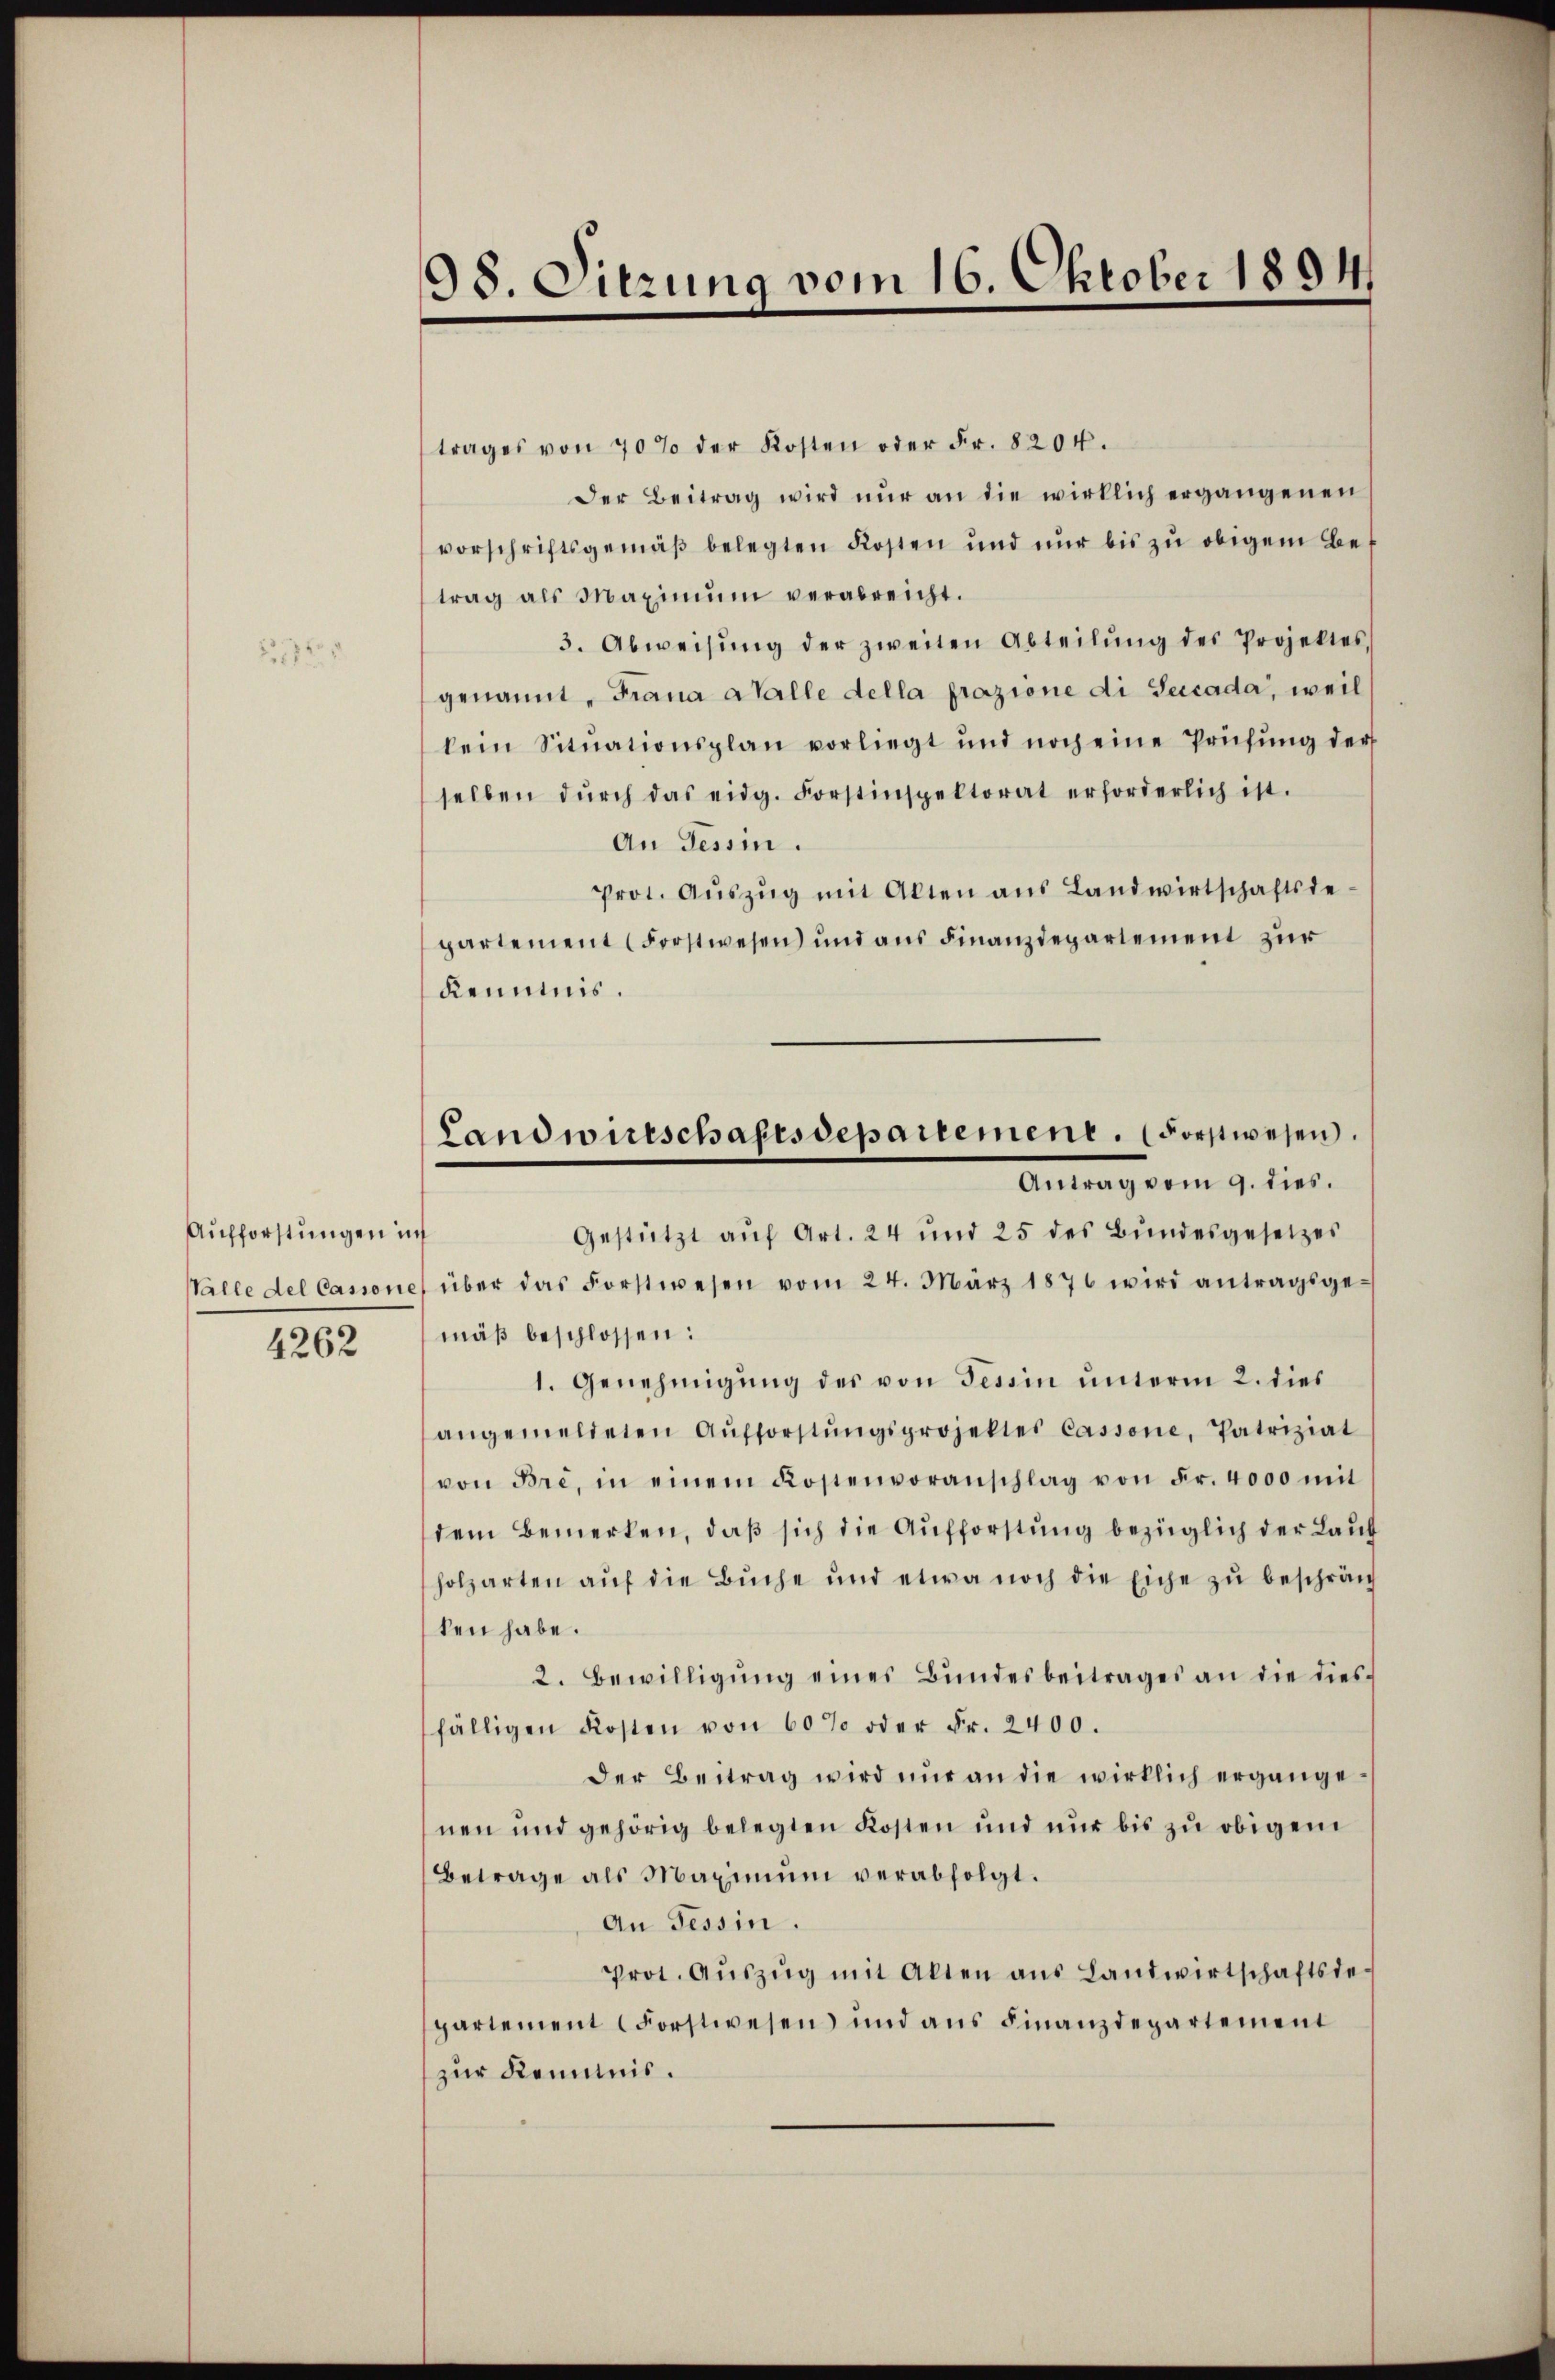
Aufforstungen in
Valle del Cassone

4262

98. Sitzung vom 16. Oktober 1894.

trages von 70 % der Kosten oder Fr. 8204.
Der Beitrag wird nŭr an die wirklich ergangenen
vorschriftsgemäß belegten Kosten und nur bis zu obigem Betrag als Maximŭm verabreicht.
3. Abweisŭng der zweiten Abteilŭng des Projektes,
genannt, Frana Walle della prazione di Seccada, weil
kein Situationsplan vorliegt und noch eine Prüfung der
selben dŭrch das eidg. Forstinspektorat erforderlich ist.
An Tessin.
prot. Aŭszŭg mit Akten ans Landwirtschaftsde-
partement (Forstwesen und aus Finanzdepartement zur
Kenntnis.
Gestützt aŭf Art. 24 und 25 des Bŭndesgesetzes
über das Forstwesen vom 24. März 1876 wird antragsge-
mäß beschlossen:
1. Genehmigŭng des von Tessin ŭnterm 2. dies
angemeldeten Aŭfforstŭngsprojekter Cassone, Patriziat
von Bre, in einem Kostenvoranschlag von Fr. 4000 mit
dem Bemerken, daß sich die Aufforstung bezüglich der Lauf
holzarten aŭf die Bŭche und etwa noch die Eiche zŭ beschrän
ten habe.
2. Bewilligŭng eines Bŭndesbeitrages an die diesfälligen Kosten von 60% oder Fr. 2400.
Der Beitrag wird nur an die wirklich ergängenen und gehörig belegten Kosten und nur bis zu obigem
Betrage als Maximum verabfolgt.
An Tessin.
Prot. Aŭszŭg mit Alten aŭs Landwirtschaftsde-
partement Forstwesen und ans Finanzdepartement
zur Kenntnis.

Landwirtschaftsdepartement. (Forstwesen.
Antrag vom 9. dies.